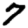
Digit: 7